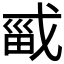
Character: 𫻾